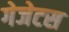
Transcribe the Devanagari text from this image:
गेजेटस